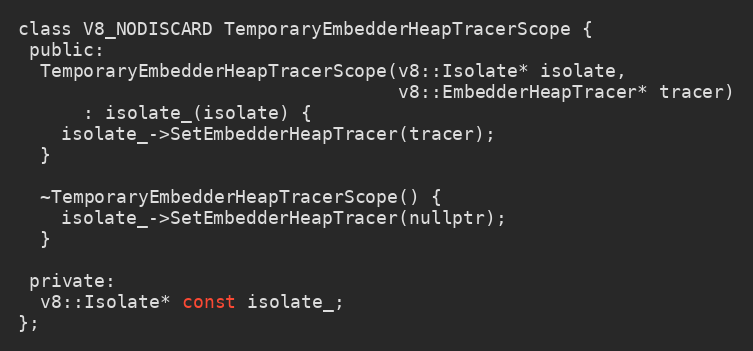
Language: C
class V8_NODISCARD TemporaryEmbedderHeapTracerScope {
 public:
  TemporaryEmbedderHeapTracerScope(v8::Isolate* isolate,
                                   v8::EmbedderHeapTracer* tracer)
      : isolate_(isolate) {
    isolate_->SetEmbedderHeapTracer(tracer);
  }

  ~TemporaryEmbedderHeapTracerScope() {
    isolate_->SetEmbedderHeapTracer(nullptr);
  }

 private:
  v8::Isolate* const isolate_;
};